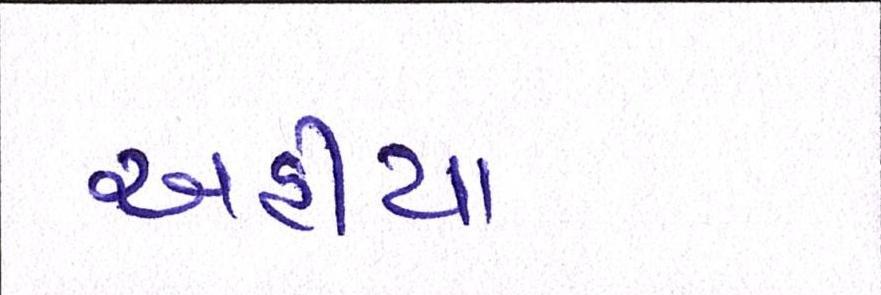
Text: અહીયા